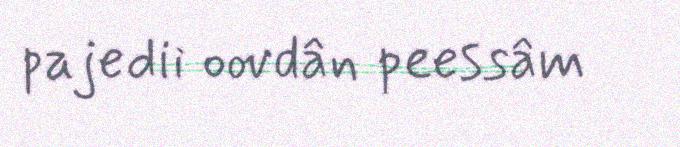
pajedii oovdân peessâm